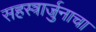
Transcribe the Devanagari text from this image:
सहस्त्रार्जुनाचा